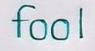
fool